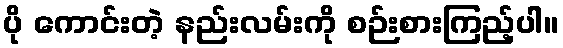
ပို ကောင်းတဲ့ နည်းလမ်းကို စဉ်းစားကြည့်ပါ။